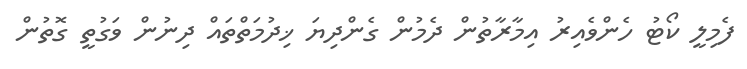
ފެމިލީ ކޯޓު ހެންވެއިރު އިމާރާތުން ދެމުން ގެންދިޔަ ޚިދުމަތްތައް ދިނުން ވަގުތީ ގޮތުން